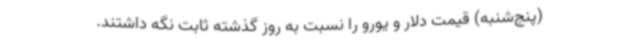
(پنج‌شنبه) قیمت دلار و یورو را نسبت به روز گذشته ثابت نگه داشتند.